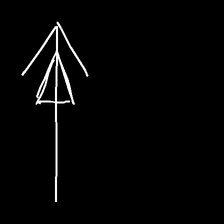
Glyph: pull